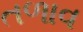
તળાવ